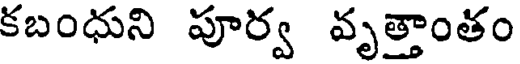
కబంధుని పూర్వ వృత్తాంతం